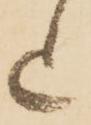
上